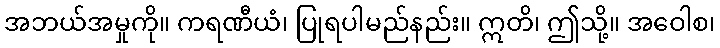
အဘယ်အမှုကို။ ကရဏီယံ၊ ပြုရပါမည်နည်း။ ဣတိ၊ ဤသို့။ အဝေါစ၊